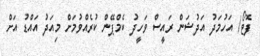
ފޮޓޯ/ އަހުމަދު އަދުޝަން ރައީސް ވަހީދު ކެމްޕޭން ކުރެއްވުމަށް މިއަދު އައްޑު އަށް